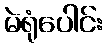
မဲရုံပေါင်း